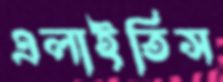
এলাইতিস